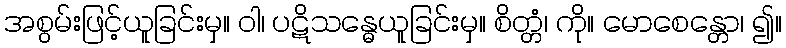
အစွမ်းဖြင့်ယူခြင်းမှ။ ဝါ၊ ပဋိသန္ဓေယူခြင်းမှ။ စိတ္တံ၊ ကို။ မောစေန္တော၊ ၍။